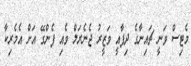
މެޓިސް ވަނީ ޗައިނާގެ ދިފާއީ ވަޒީރު ޖެނެރަލް ވެއި ފެންގޭ އަށް އެމެރިކާ